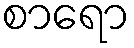
စာရော